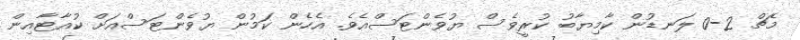
މެޗް 2-0 ލަނޑުން ކާމިޔާބު ކުރީވެސް ޔުވެންޓަސްއެވެ. އެހެން ކަމުން ޔުވެންޓަސްއަށް ކުއާޓާއިން